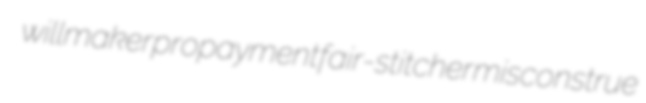
willmaker propayment fair-stitcher misconstrue